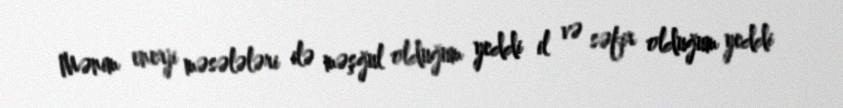
Mənim enerji məsələləri ilə məşğul olduğum yeddi il və səfir olduğum yeddi